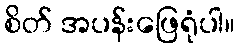
စိတ် အပန်းဖြေရုံပါ။